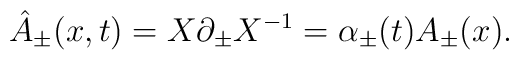
{\hat A}_{\pm} (x,t) = X \partial _{\pm} X^{-1} = \alpha_{\pm}(t) A_{\pm}(x).